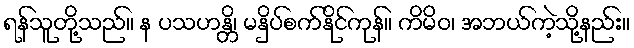
ရန်သူတို့သည်။ န ပသဟန္တိ၊ မနှိပ်စက်နိုင်ကုန်။ ကိမိဝ၊ အဘယ်ကဲ့သို့နည်း။